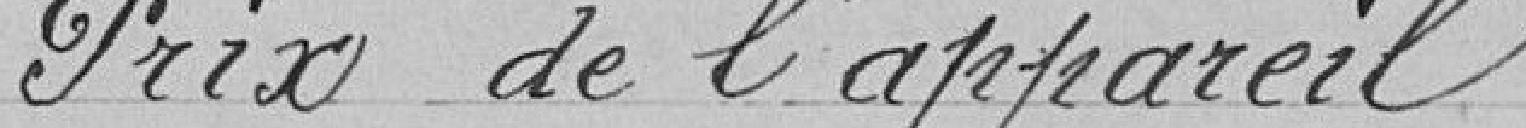
Prix de l'appareil